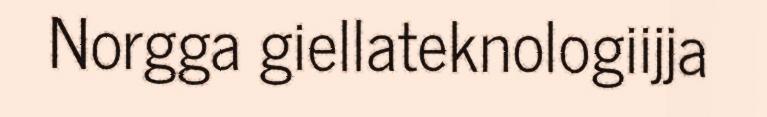
Norgga giellateknologiijja